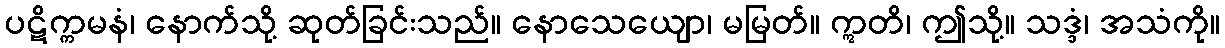
ပဋိက္ကမနံ၊ နောက်သို့ ဆုတ်ခြင်းသည်။ နောသေယျော၊ မမြတ်။ ဣတိ၊ ဤသို့။ သဒ္ဒံ၊ အသံကို။